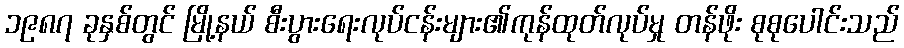
၁၉၈၇ ခုနှစ်တွင် မြို့နယ် စီးပွားရေးလုပ်ငန်းများ၏ကုန်ထုတ်လုပ်မှု တန်ဖိုး စုစုပေါင်းသည်